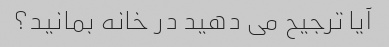
آیا ترجیح می دهید در خانه بمانید؟